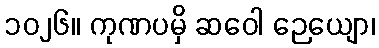
၁၀၂၆။ ကုဏပမှိ ဆဝေါ ဉေယျော၊